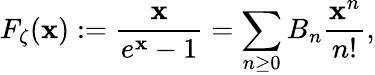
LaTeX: F_{\zeta}(\mathbf{x}):={\frac{{\mathbf{x}}}{{e^{\mathbf{x}}-1}}}=\sum_{n\geq0}B_{n}{\frac{{\mathbf{x}^{n}}}{{n!}}},